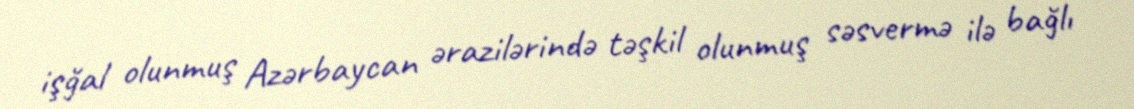
işğal olunmuş Azərbaycan ərazilərində təşkil olunmuş səsvermə ilə bağlı